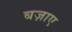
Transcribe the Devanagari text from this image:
बज़ाए